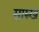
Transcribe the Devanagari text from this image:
सारुख